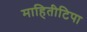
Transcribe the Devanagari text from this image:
माहितीटिपा